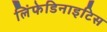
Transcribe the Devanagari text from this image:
लिंफेडिनाइटिस